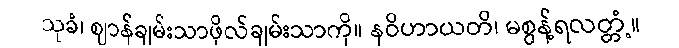
သုခံ၊ ဈာန်ချမ်းသာဖိုလ်ချမ်းသာကို။ နဝိဟာယတိ၊ မစွန့်ရလတ္တံ့။